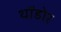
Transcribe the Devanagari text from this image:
थॉडोर